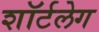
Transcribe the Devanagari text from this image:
शॉर्टलेग